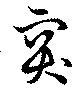
突